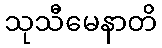
သုသီမေနာတိ